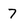
Character: 7